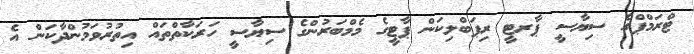
ޓްރަމްޕްގެ ސިޔާސީ ޕާރޓީ ރިޕަބްލިކަން ޕާޓީގެ މެމްބަރުންގެ ސިޔާސީ ހަރަކާތްތައް އިތުރުވަމުންދާކަން އެ